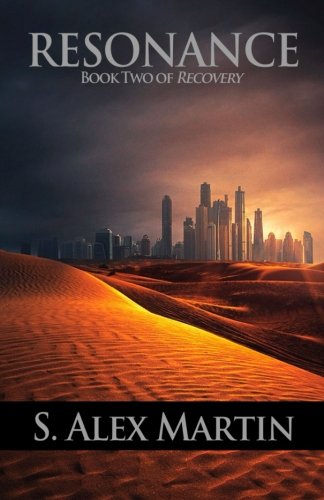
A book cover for Resonance (Recovery) (Volume 2); S. Alex Martin; Science Fiction & Fantasy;